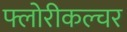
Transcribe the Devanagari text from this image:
फ्लोरीकल्चर